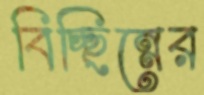
বিচ্ছিন্নের